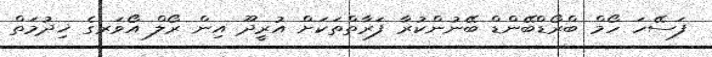
ފަސޭހަ ހޯމް ބްރޯޑްބޭންޑް ބޭނުންކުރާ ފަރާތްތަކަށް އުރީދޫ އިން ރޯލް އޯވަރގެ ޚިދުމަތް